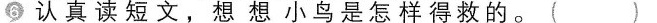
⑥认真读短文，想想小鸟是怎样得救的。( )